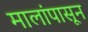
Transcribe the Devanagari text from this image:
मालांपासून